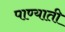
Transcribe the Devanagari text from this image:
पाण्याती